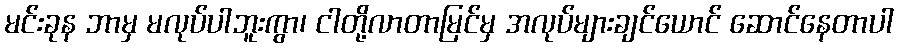
မင်းခုန ဘာမှ မလုပ်ပါဘူးကွာ၊ ငါတို့လာတာမြင်မှ အလုပ်များချင်ယောင် ဆောင်နေတာပါ